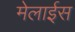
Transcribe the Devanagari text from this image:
मेलाईस